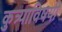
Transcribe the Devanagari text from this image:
कुत्र्याविषयी